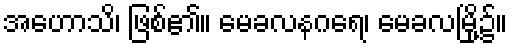
အဟောသိ၊ ဖြစ်၏။ မေခလနဂရေ၊ မေခလမြို့၌။